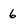
Character: 6